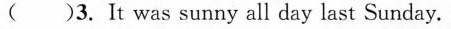
( )3. It was sunny all day last Sunday.